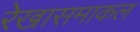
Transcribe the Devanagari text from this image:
रेखासमाकल